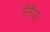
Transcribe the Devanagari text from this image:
रीगैटा